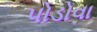
પોડોવા